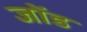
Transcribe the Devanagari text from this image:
जोंड